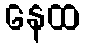
နေထ